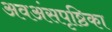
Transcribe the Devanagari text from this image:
अवअंसपृष्ठिका